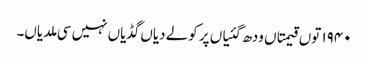
١٩٤٠ توں قیمتاں ودھ گئیاں پر کولے دیاں گڈیاں نہیں سی ملدیاں۔